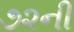
૭૨ની